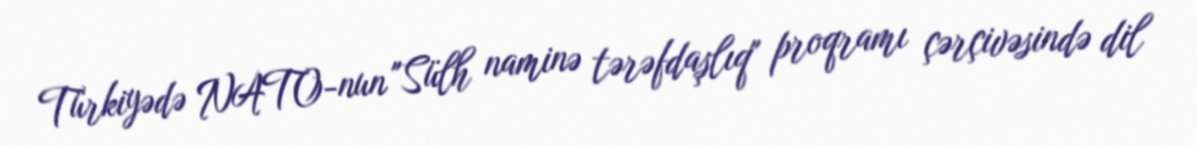
Türkiyədə NATO-nun "Sülh naminə tərəfdaşlıq" proqramı çərçivəsində dil